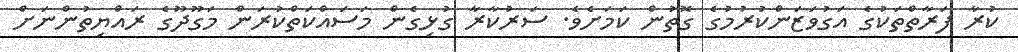
ކުރާ ފަރާތްތަކުގެ އަގުވަޒަންކުރުމުގެ ގޮތުން ކަމަށެވެ. ސަރުކާރާ ގުޅިގެން މަސައްކަތްކުރަން މަގޫދޫގެ ރައްޔިތުންނަށް